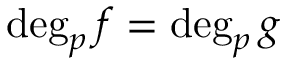
\deg _ { p } f = \deg _ { p } g